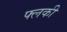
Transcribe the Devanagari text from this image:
फ्लकी